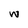
Character: W